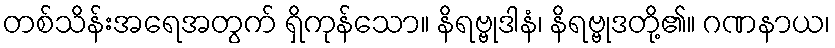
တစ်သိန်းအရေအတွက် ရှိကုန်သော။ နိရဗ္ဗုဒါနံ၊ နိရဗ္ဗုဒတို့၏။ ဂဏနာယ၊